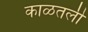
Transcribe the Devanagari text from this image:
काळतली